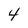
Character: 4